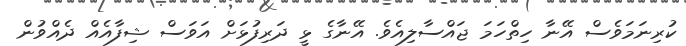
ކުރިނަމަވެސް އޭނާ ހިތްހަމަ ޖައްސާލިއެވެ. އޭނާގެ ޅީ ދަރިފުޅަށް އަވަސް ޝިފާއެއް ދެއްވުން